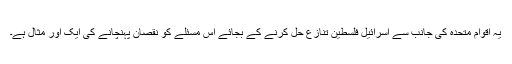
یہ اقوام متحدہ کی جانب سے اسرائیل فلسطین تنازع حل کرنے کے بجائے اس مسئلے کو نقصان پہنچانے کی ایک اور مثال ہے۔